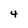
Character: 4